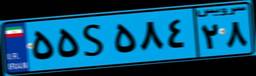
۵۲S۰۳۵۳۶